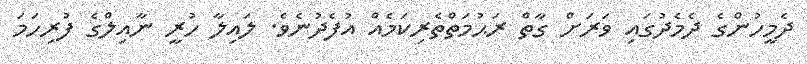
ދެމީހުންގެ ދެމެދުގައި ވަރަށް ގާތް ރަޙުމަތްތެރިކަމެއް އުފެދުނެވެ. ލައިލާ ހުރީ ނާއިލްގެ ފުރިހަމަ